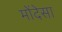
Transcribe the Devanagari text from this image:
मोंदेसा